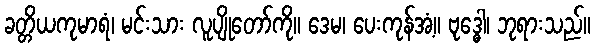
ခတ္တိယကုမာရံ၊ မင်းသား လူပျိုတော်ကို။ ဒေမ၊ ပေးကုန်အံ့။ ဗုဒ္ဓေါ၊ ဘုရားသည်။